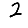
Digit: 2